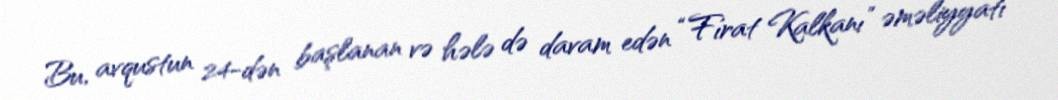
Bu, avqustun 24-dən başlanan və hələ də davam edən “Fırat Kalkanı” əməliyyatı